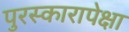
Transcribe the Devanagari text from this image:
पुरस्कारापेक्षा